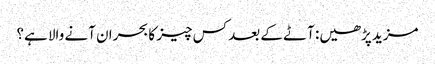
مزید پڑھیں: آٹے کے بعد کس چیز کا بحران آنے والا ہے؟